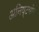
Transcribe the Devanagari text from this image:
अनिष्टयोग